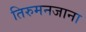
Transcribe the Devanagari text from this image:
तिरुमनजाना